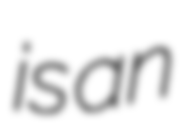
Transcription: is an